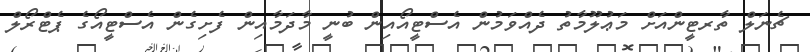
ޗެނަލް ތާރޓީންއަށް މަޢުލޫމާތު ދެއްވަމުން އެސްޓީއޯއިން ބުނީ މާދަމާއިން ފެށިގެން އެސްޓީއޯގެ ޕެޓްރޯލް